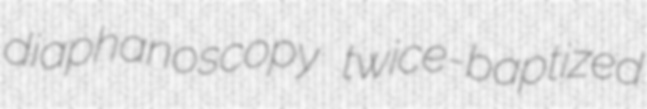
diaphanoscopy twice-baptized